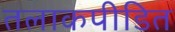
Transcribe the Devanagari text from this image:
तलाकपीडित